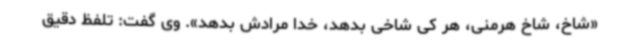
«شاخ، شاخ هرمنی، هر کی شاخی بدهد، خدا مرادش بدهد». وی گفت: تلفظ دقیق